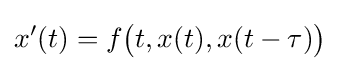
x'(t)=f{\bigl (}t,x(t),x(t-\tau ){\bigr )}